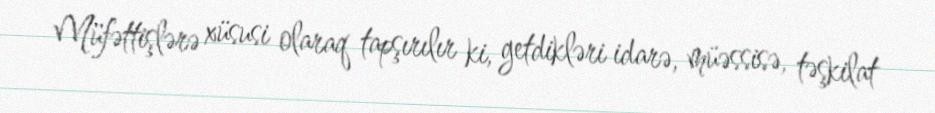
Müfəttişlərə xüsusi olaraq tapşırılır ki, getdikləri idarə, müəssisə, təşkilat